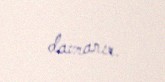
davranır.